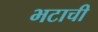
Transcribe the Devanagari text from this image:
भटाची